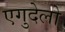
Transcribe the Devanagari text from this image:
एगुदेलो